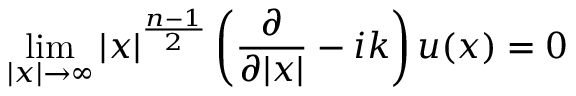
\operatorname* { l i m } _ { | x | \to \infty } | x | ^ { \frac { n - 1 } { 2 } } \left( { \frac { \partial } { \partial | x | } } - i k \right) u ( x ) = 0